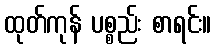
ထုတ်ကုန် ပစ္စည်း စာရင်း။